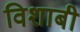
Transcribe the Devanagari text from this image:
विशाबी